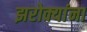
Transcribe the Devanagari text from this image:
झरोक्यांना